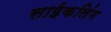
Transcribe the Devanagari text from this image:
साईकलिंग